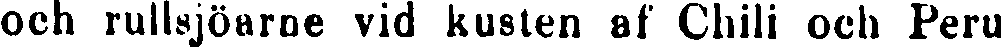
och rullsjöarne vid kusten af Chili och Peru